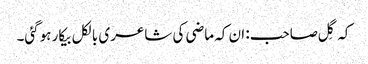
کہ گِل صاحب: ان کہ ماضی کی شاعری بالکل بیکار ہوگئی۔